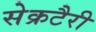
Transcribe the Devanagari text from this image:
सेक्रटैरी